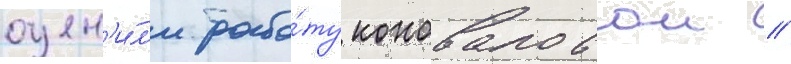
оцен'и́л'и рабо́ту коноваловои //